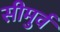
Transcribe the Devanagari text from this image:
सीमुर्व